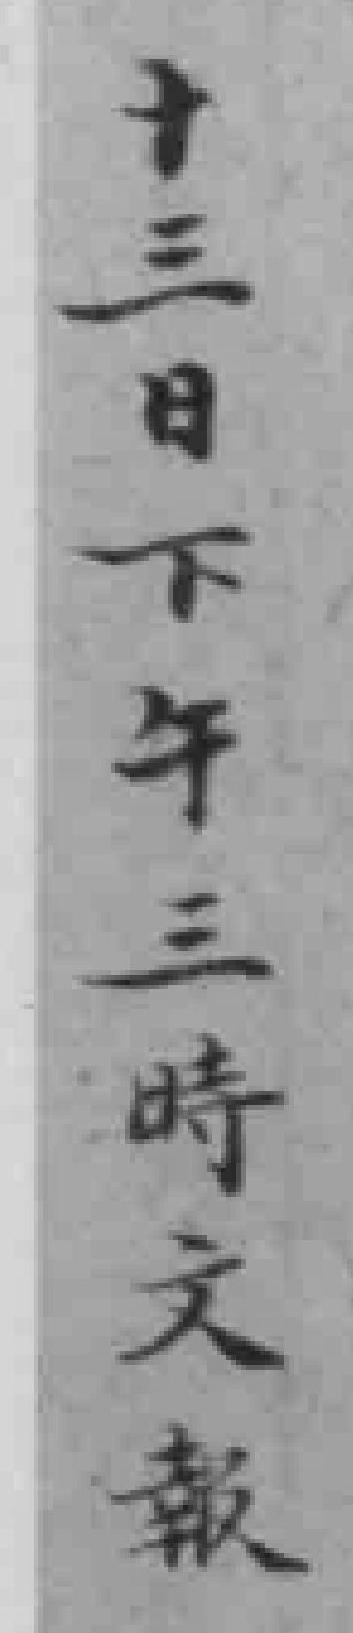
十三日下年三時文報